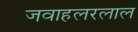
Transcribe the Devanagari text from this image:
जवाहलरलाल